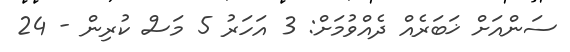
ސަންއަށް ޚަބަރެއް ދެއްވުމަށް: 3 އަހަރު 5 މަސް ކުރިން - 24